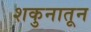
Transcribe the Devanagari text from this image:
शकुनातून